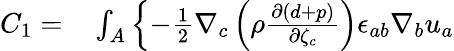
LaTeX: \begin{array}{rl}{C_{1}=}&{{}\int_{A}\left\{ -\frac{1}{2}\nabla_{c}\left(\rho\frac{\partial(d+p)}{\partial{\zeta}_{c}}\right)\epsilon_{ab}\nabla_{b}{u}_{a}\right.}\end{array}